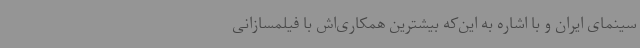
سینمای ایران و با اشاره به این‌که بیشترین همکاری‌اش با فیلمسازانی